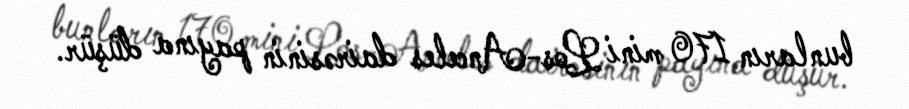
bunların 170 mini Los-Anceles dairəsinin payına düşür.